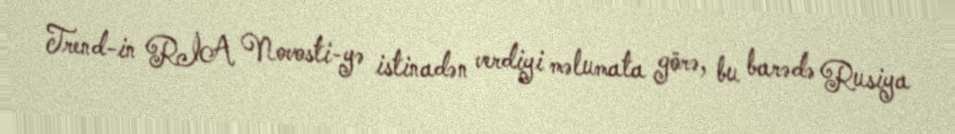
Trend-in RİA Novosti-yə istinadən verdiyi məlumata görə, bu barədə Rusiya